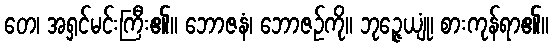
တေ၊ အရှင်မင်းကြီး၏။ ဘောဇနံ၊ ဘောဇဉ်ကို။ ဘုဉ္ဇေယျုံ၊ စားကုန်ရာ၏။